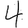
Digit: 4